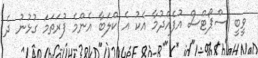
ވީބީ ސްޕޯޓްސް އުފެއްދުމާ އެކު އެ ކްލަބާ އެންމެ ފުރަތަމަ ގުޅުނު ދެ